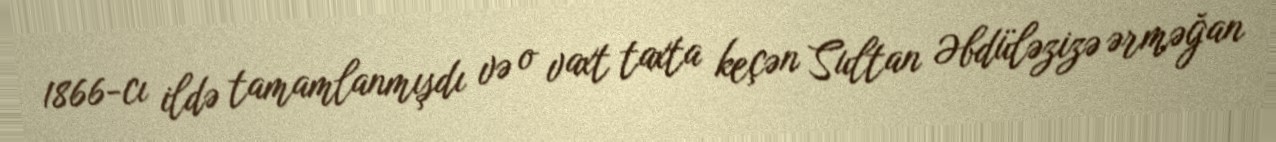
1866-cı ildə tamamlanmışdı və o vaxt taxta keçən Sultan Əbdüləzizə ərməğan